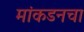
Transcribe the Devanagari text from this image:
मांकडनचा